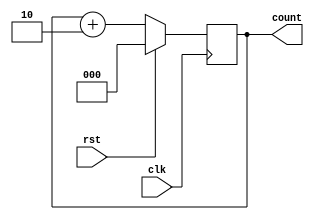
module even_up_counter(clk,rst,count);
	input clk,rst;
	output reg [2:0]count;
	always @(posedge clk)
	begin
		if (rst) count<=0;
		else count<=count+2;
	end
endmodule